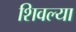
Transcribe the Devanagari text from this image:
शिवल्या